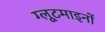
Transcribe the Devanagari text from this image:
ग्लूटमाइनों